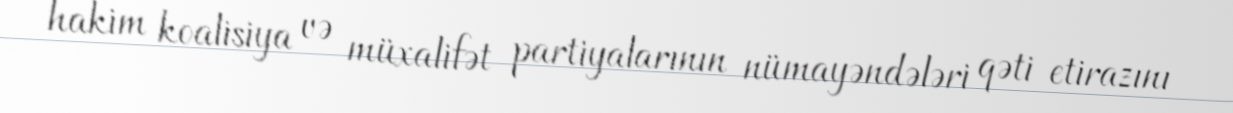
hakim koalisiya və müxalifət partiyalarının nümayəndələri qəti etirazını